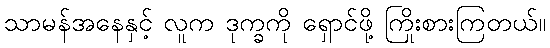
သာမန်အနေနှင့် လူက ဒုက္ခကို ရှောင်ဖို့ ကြိုးစားကြတယ်။